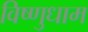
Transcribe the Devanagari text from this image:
विष्णुधाम